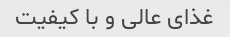
غذای عالی و با کیفیت